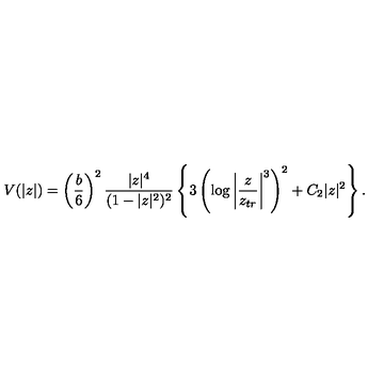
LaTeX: V ( | z | ) = \left( \frac { b } { 6 } \right) ^ { 2 } \frac { | z | ^ { 4 } } { ( 1 - | z | ^ { 2 } ) ^ { 2 } } \left\{ 3 \left( \log \left| \frac { z } { z _ { t r } } \right| ^ { 3 } \right) ^ { 2 } + C _ { 2 } | z | ^ { 2 } \right\} .